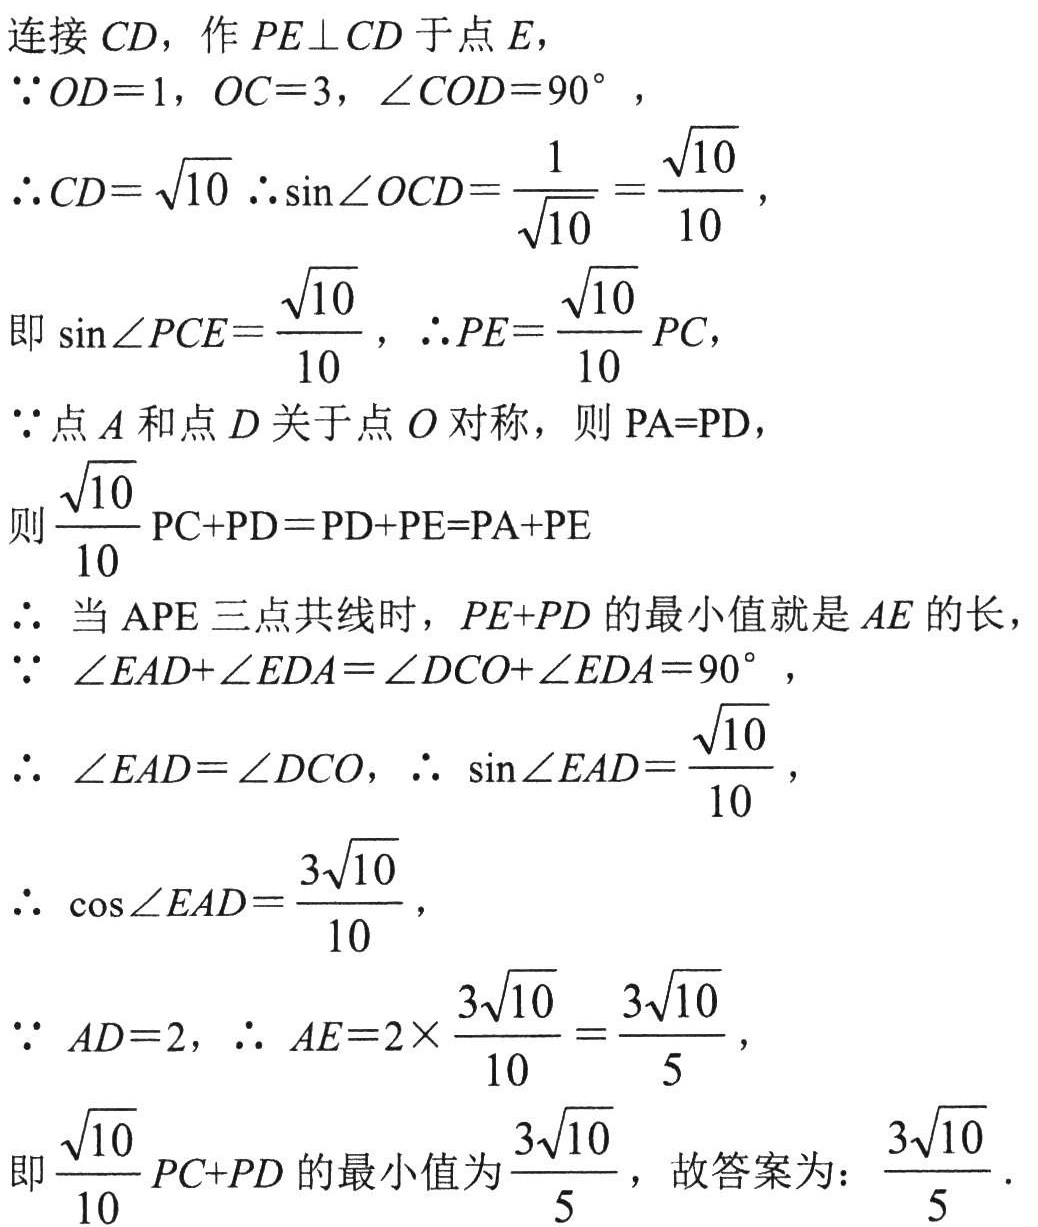
连接 \(CD\)，作 \(PE\perp CD\) 于点 \(E\)，
\(\because OD = 1\)，\(OC = 3\)，\(\angle COD = 90^{\circ}\)，
\(\therefore CD=\sqrt{10}\) \(\therefore \sin\angle OCD=\frac{1}{\sqrt{10}}=\frac{\sqrt{10}}{10}\)，
即 \(\sin\angle PCE=\frac{\sqrt{10}}{10}\)，\(\therefore PE = \frac{\sqrt{10}}{10}PC\)，
\(\because\) 点 \(A\) 和点 \(D\) 关于点 \(O\) 对称，则 \(PA = PD\)，
则 \(\frac{\sqrt{10}}{10}PC + PD=PD + PE=PA + PE\)
\(\therefore\) 当 \(APE\) 三点共线时，\(PE + PD\) 的最小值就是 \(AE\) 的长，
\(\because\) \(\angle EAD+\angle EDA=\angle DCO+\angle EDA = 90^{\circ}\)，
\(\therefore\) \(\angle EAD=\angle DCO\)，\(\therefore\) \(\sin\angle EAD=\frac{\sqrt{10}}{10}\)，
\(\therefore\) \(\cos\angle EAD=\frac{3\sqrt{10}}{10}\)，
\(\because\) \(AD = 2\)，\(\therefore\) \(AE = 2\times\frac{3\sqrt{10}}{10}=\frac{3\sqrt{10}}{5}\)，
即 \(\frac{\sqrt{10}}{10}PC + PD\) 的最小值为 \(\frac{3\sqrt{10}}{5}\)，故答案为：\(\frac{3\sqrt{10}}{5}\) .